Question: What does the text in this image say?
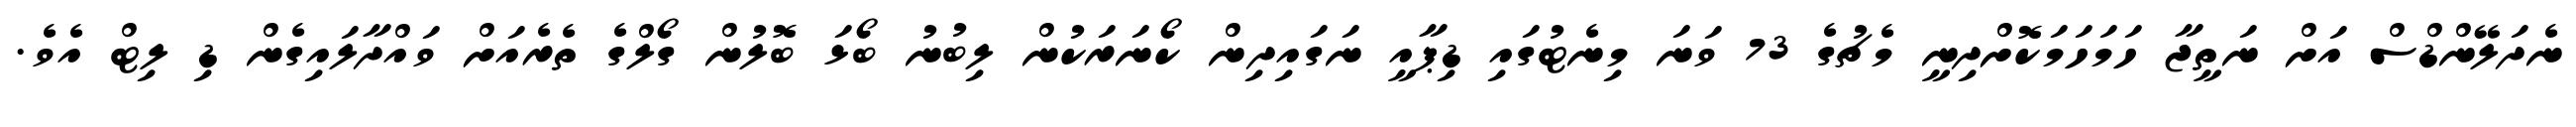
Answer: ނެދަލޭންޑްސް އަށް ނަތީޖާ ހަމަހަމަކޮށްދިނީ މެޗުގެ 73 ވަނަ މިނެޓުގައި ޑިޕާއީ ނަގައިދިން ކޯނަރަކުން ލިބުނު ބޯޅަ ބޮލުން ގޯލްގެ ތެރެއަށް ވައްދާލައިގެން ޑި ލިޓް އެވެ.